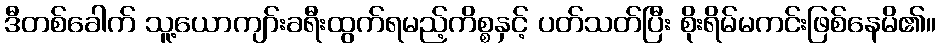
ဒီတစ်ခေါက် သူ့ယောကျာ်းခရီးထွက်ရမည့်ကိစ္စနှင့် ပတ်သတ်ပြီး စိုးရိမ်မကင်းဖြစ်နေမိ၏။